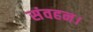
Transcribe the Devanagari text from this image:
संवहन।